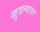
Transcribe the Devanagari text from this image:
खुडल्यावर